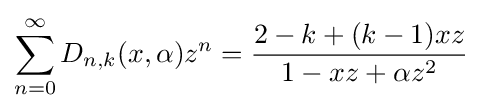
\sum _{n=0}^{\infty }D_{n,k}(x,\alpha )z^{n}={\frac {2-k+(k-1)xz}{1-xz+\alpha z^{2}}}